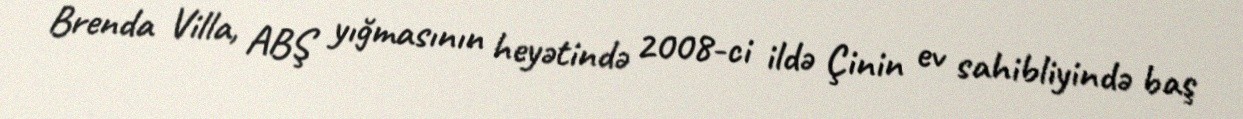
Brenda Villa, ABŞ yığmasının heyətində 2008-ci ildə Çinin ev sahibliyində baş